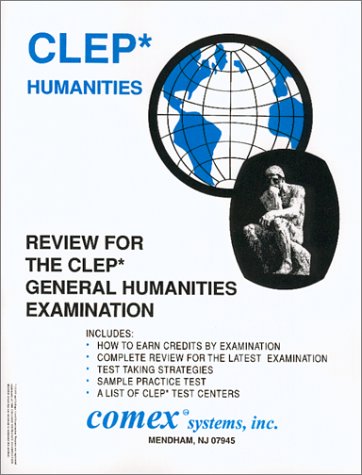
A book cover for Review for the CLEP* General Humanities Examination; Brian Eckert; Test Preparation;